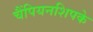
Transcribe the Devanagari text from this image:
चैंपियनशिपके